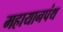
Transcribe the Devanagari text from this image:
महायानपंथ